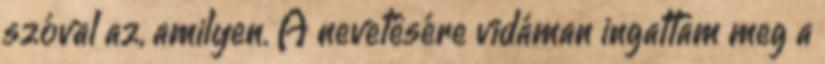
szóval az, amilyen. A nevetésére vidáman ingattam meg a